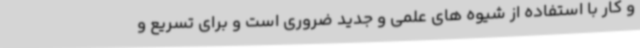
و کار با استفاده از شیوه های علمی و جدید ضروری است و برای تسریع و